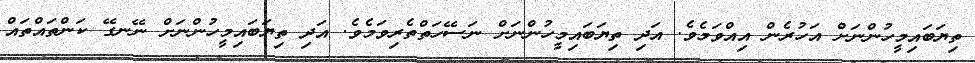
ތިޔަބައިމީހުންނަށް އަހުރެން އިއްވަމެވެ. އަދި ތިޔަބައިމީހުންނަށް ނަސޭހަތްތެރިވަމެވެ. އަދި ތިޔަބައިމީހުންނަށް ނޭނގޭ ކަންތައްތައް